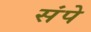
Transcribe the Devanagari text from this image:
संपे